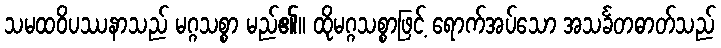
သမထဝိပဿနာသည် မဂ္ဂသစ္စာ မည်၏။ ထိုမဂ္ဂသစ္စာဖြင့် ရောက်အပ်သော အသင်္ခတဓာတ်သည်